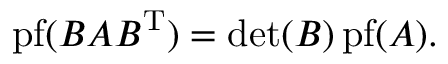
\operatorname { p f } ( B A B ^ { \mathrm { T } } ) = \operatorname* { d e t } ( B ) \operatorname { p f } ( A ) .